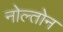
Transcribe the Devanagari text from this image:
नोल्तोन